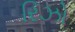
રિઝો